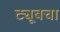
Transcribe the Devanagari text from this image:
ट्यूबचा